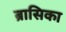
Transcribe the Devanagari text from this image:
ब्रासिका